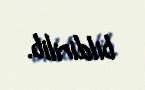
bildirilib.